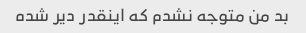
بد من متوجه نشدم که اینقدر دیر شده